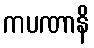
ကပဏာနိ